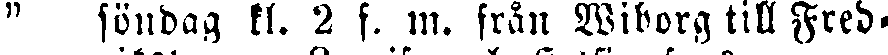
" söndag kl. 2 f. m. från Wiborg till Fred-